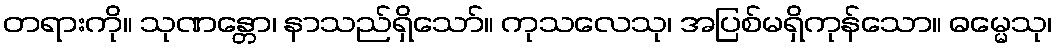
တရားကို။ သုဏန္တော၊ နာသည်ရှိသော်။ ကုသလေသု၊ အပြစ်မရှိကုန်သော။ ဓမ္မေသု၊